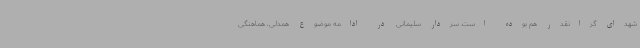
شهدای گرانقدر هم بوده است. سردار سلیمانی در ادامه موضوع همدلی، هماهنگی